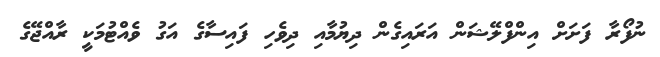
ނުފޯރާ ފަށަށް އިންފްލޭޝަން އަރައިގެން ދިޔުމާއި ދިވެހި ފައިސާގެ އަގު ވެއްޓުމަކީ ރާއްޖޭގެ